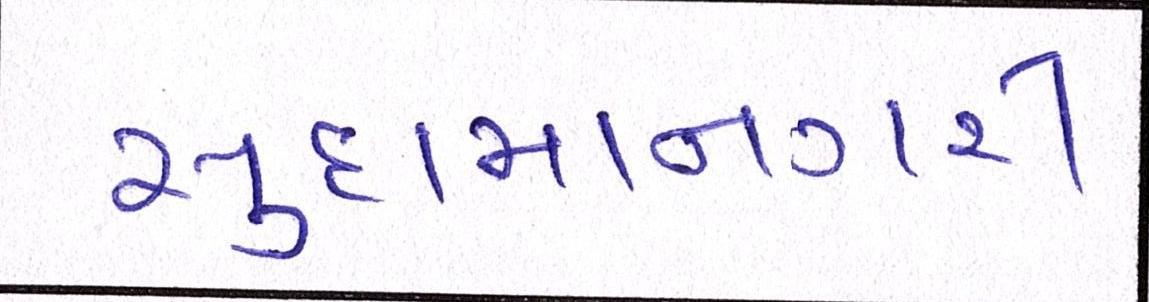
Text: સુદામાનગરી